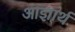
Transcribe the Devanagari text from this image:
आज्ञार्थ